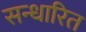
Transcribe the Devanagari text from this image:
सन्धारित